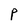
Character: P